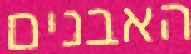
האבנים